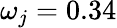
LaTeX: \omega_{j}=0.34